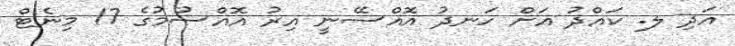
އަދި ލ. ކައްދު އަށް ހަނދު އޮއްސޭނީ އިރު އޮއްސުމުގެ 17 މިނެޓް